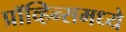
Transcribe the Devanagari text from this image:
प्रॉव्हिन्समध्ये